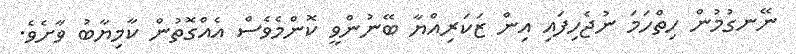
ނޭނގުމުން ހިތްހަމަ ނުޖެހިފައި އިން ޒަކަރިއްޔާ ބޭނުންވީ ކޮންމެވެސް އެއްގޮތުން ކާމިޔާބު ވާށެވެ.